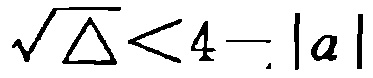
\(\sqrt{\Delta}<4 - |a|\)